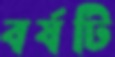
বর্ষটি